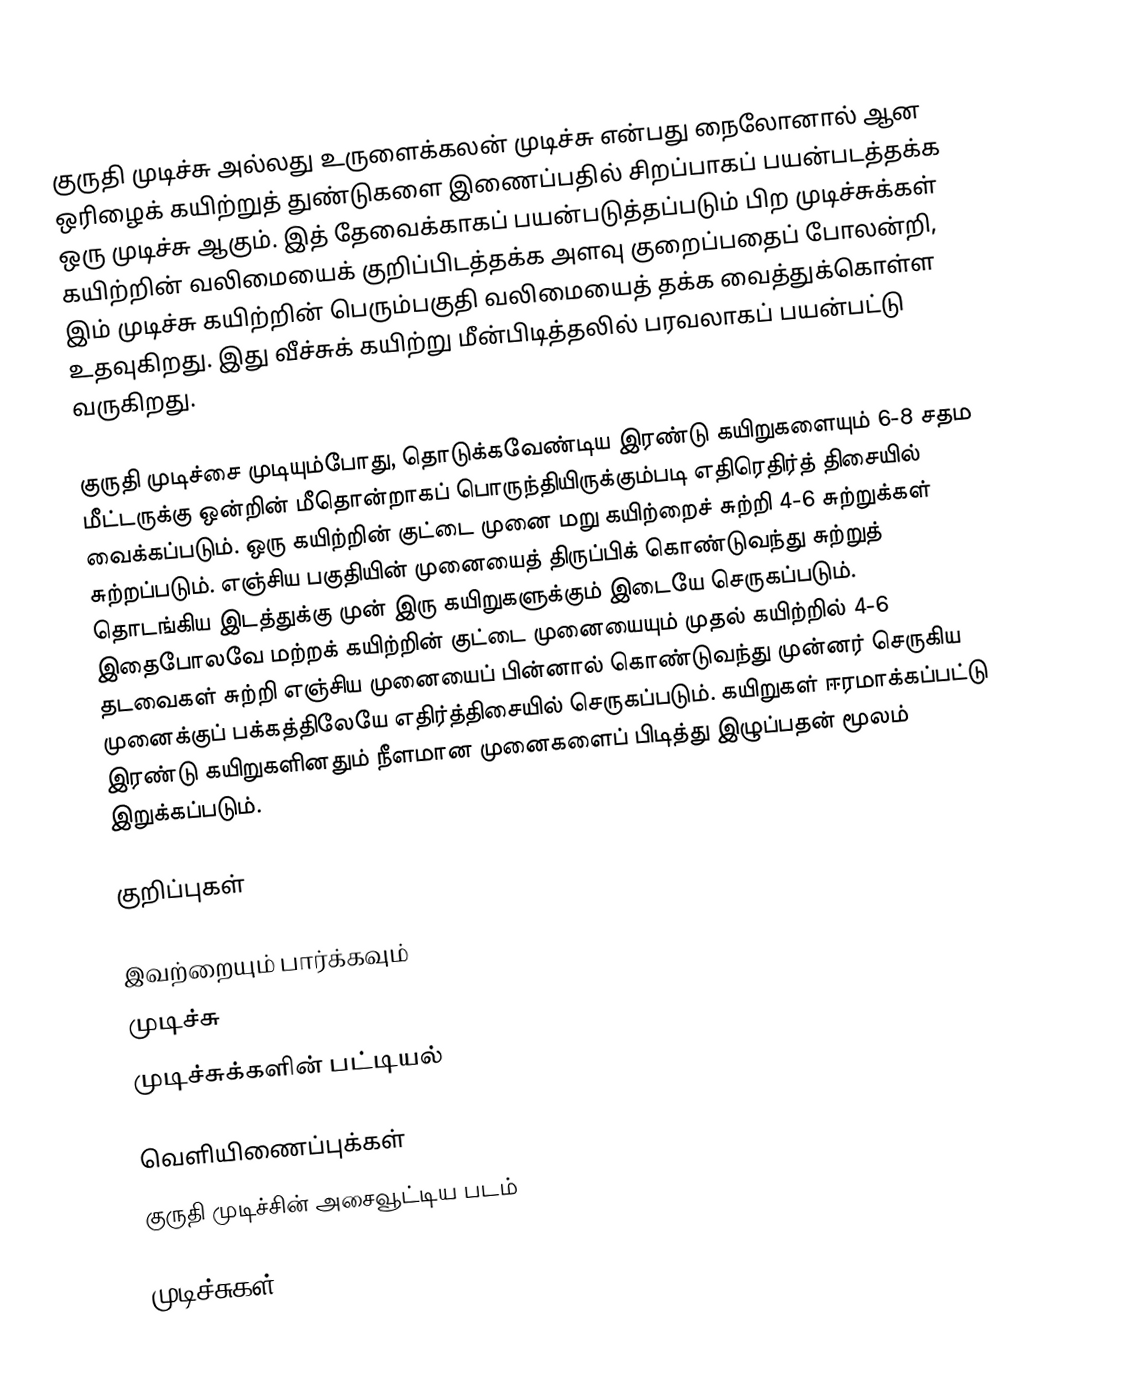
குருதி முடிச்சு அல்லது உருளைக்கலன் முடிச்சு என்பது நைலோனால் ஆன ஒரிழைக் கயிற்றுத் துண்டுகளை இணைப்பதில் சிறப்பாகப் பயன்படத்தக்க ஒரு முடிச்சு ஆகும். இத் தேவைக்காகப் பயன்படுத்தப்படும் பிற முடிச்சுக்கள் கயிற்றின் வலிமையைக் குறிப்பிடத்தக்க அளவு குறைப்பதைப் போலன்றி, இம் முடிச்சு கயிற்றின் பெரும்பகுதி வலிமையைத் தக்க வைத்துக்கொள்ள உதவுகிறது. இது வீச்சுக் கயிற்று மீன்பிடித்தலில் பரவலாகப் பயன்பட்டு வருகிறது.

குருதி முடிச்சை முடியும்போது, தொடுக்கவேண்டிய இரண்டு கயிறுகளையும் 6-8 சதம மீட்டருக்கு ஒன்றின் மீதொன்றாகப் பொருந்தியிருக்கும்படி எதிரெதிர்த் திசையில் வைக்கப்படும். ஒரு கயிற்றின் குட்டை முனை மறு கயிற்றைச் சுற்றி 4-6 சுற்றுக்கள் சுற்றப்படும். எஞ்சிய பகுதியின் முனையைத் திருப்பிக் கொண்டுவந்து சுற்றுத் தொடங்கிய இடத்துக்கு முன் இரு கயிறுகளுக்கும் இடையே செருகப்படும். இதைபோலவே மற்றக் கயிற்றின் குட்டை முனையையும் முதல் கயிற்றில் 4-6 தடவைகள் சுற்றி எஞ்சிய முனையைப் பின்னால் கொண்டுவந்து முன்னர் செருகிய முனைக்குப் பக்கத்திலேயே எதிர்த்திசையில் செருகப்படும். கயிறுகள் ஈரமாக்கப்பட்டு இரண்டு கயிறுகளினதும் நீளமான முனைகளைப் பிடித்து இழுப்பதன் மூலம் இறுக்கப்படும்.

குறிப்புகள்

இவற்றையும் பார்க்கவும்
 முடிச்சு
 முடிச்சுக்களின் பட்டியல்

வெளியிணைப்புக்கள்
குருதி முடிச்சின் அசைவூட்டிய படம்

முடிச்சுகள்